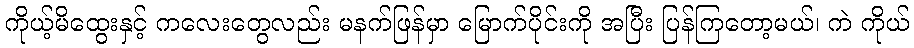
ကိုယ့်မိထွေးနှင့် ကလေးတွေလည်း မနက်ဖြန်မှာ မြောက်ပိုင်းကို အပြီး ပြန်ကြတော့မယ်၊ ကဲ ကိုယ်